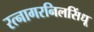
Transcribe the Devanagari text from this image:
रत्नागरनिलसिंधू